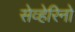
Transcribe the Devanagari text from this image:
सेव्हेरिनो